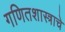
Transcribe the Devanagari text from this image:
गणितशास्त्राचे